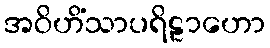
အဝိဟိံသာပရိဠာဟော